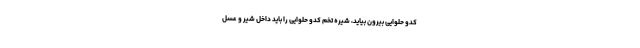
کدو حلوایی بیرون بیاید، شیره تخم کدو حلوایی را باید داخل شیر و عسل